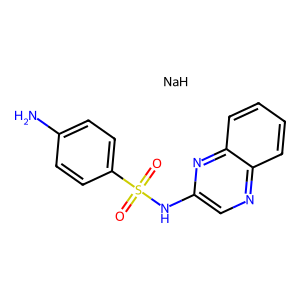
SMILES: Nc1ccc(S(=O)(=O)Nc2cnc3ccccc3n2)cc1.[NaH]
Inhibits HIV replication: No